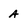
Character: A